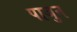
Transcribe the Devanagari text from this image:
पाजुन